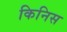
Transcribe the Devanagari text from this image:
किनिस